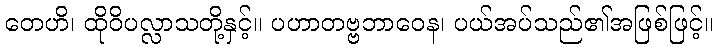
တေဟိ၊ ထိုဝိပလ္လာသတို့နှင့်။ ပဟာတဗ္ဗဘာဝေန၊ ပယ်အပ်သည်၏အဖြစ်ဖြင့်။